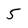
Character: 5